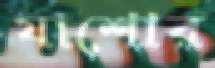
যাশোর